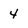
Character: 4